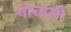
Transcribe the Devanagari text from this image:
गोचाली